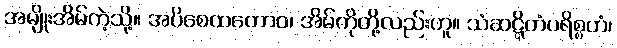
အမျိုးအိမ်ကဲ့သို့။ အပိစေထတောဝ၊ အိမ်ကိုတို့လည်းဟူ။ သံဆဋ္ဋိတံပရိစ္စတံ၊